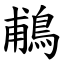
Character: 鵏